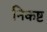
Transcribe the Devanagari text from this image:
निकष्ट